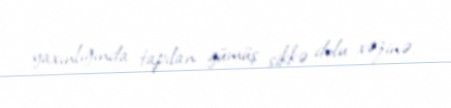
yaxınlığında tapılan gümüş sikkə dolu xəzinə.